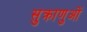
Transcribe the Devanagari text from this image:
सुक्राणुओं